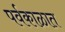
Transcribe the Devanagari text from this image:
पर्वकाळात